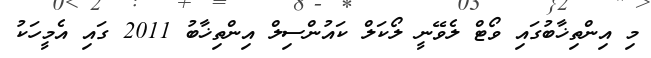
މި އިންތިޚާބުގައި ވޯޓް ލެވޭނީ ލޯކަލް ކައުންސިލް އިންތިޚާބު 2011 ގައި އެމީހަކު